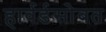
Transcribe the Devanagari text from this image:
हार्वर्डसोबत